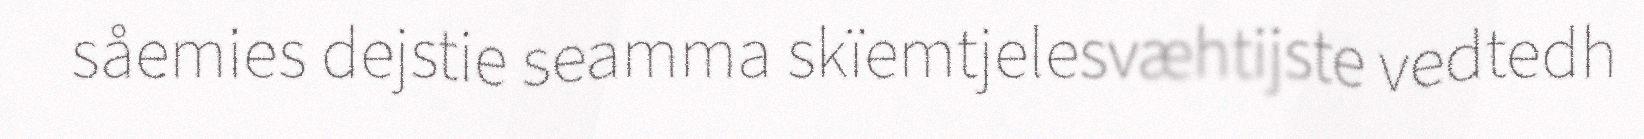
såemies dejstie seamma skïemtjelesvæhtijste vedtedh